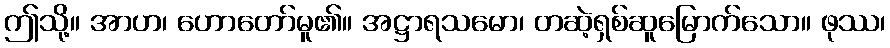
ဤသို့။ အာဟ၊ ဟောတော်မူ၏။ အဋ္ဌာရသမော၊ တဆဲ့ရှစ်ဆူမြောက်သော။ ဖုဿ၊